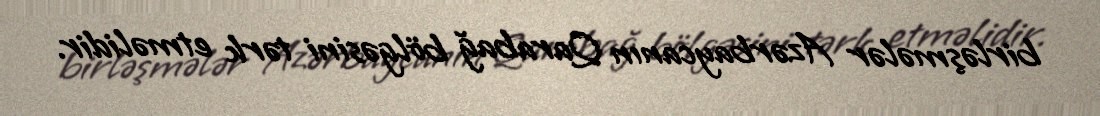
birləşmələr Azərbaycanın Qarabağ bölgəsini tərk etməlidir.